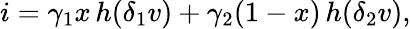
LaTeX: i=\gamma_{1}x\, h(\delta_{1}v)+\gamma_{2}(1-x)\, h(\delta_{2}v),